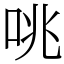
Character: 咷